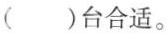
()台合适。